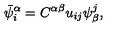
\bar { \psi } _ { i } ^ { \alpha } = C ^ { \alpha \beta } u _ { i j } \psi _ { \beta } ^ { j } ,